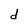
Character: d